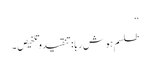
‘‘
طلسمِ ہوش ربا:تنقیدوتلخیص ۔